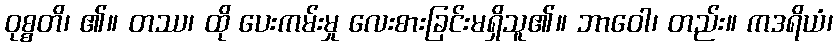
ဝုစ္စတိ၊ ၏။ တဿ၊ ထို ပေးကမ်းမှု လေးစားခြင်းမရှိသူ၏။ ဘာဝေါ၊ တည်း။ ကဒရိယံ၊